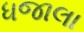
ધજાલા